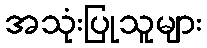
အသုံးပြုသူများ